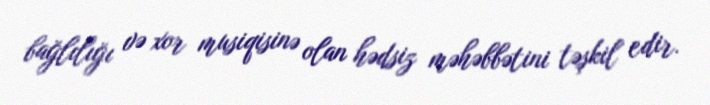
bağlılığı və xor musiqisinə olan hədsiz məhəbbətini təşkil edir.